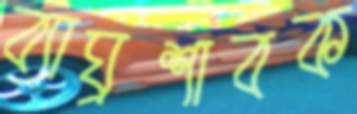
ব্যাঘ্রশাবক